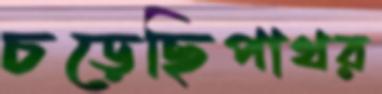
চড়েছিপাথর